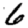
Digit: 6